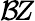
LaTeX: \mathcal B\! Z